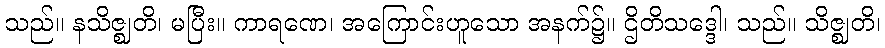
သည်။ နသိဇ္ဈတိ၊ မပြီး။ ကာရဏေ၊ အကြောင်းဟူသော အနက်၌။ ဌိတိသဒ္ဒေါ၊ သည်။ သိဇ္ဈတိ၊